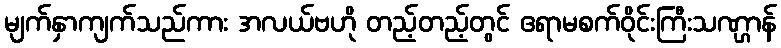
မျက်နှာကျက်သည်ကား အလယ်ဗဟို တည့်တည့်တွင် ဧရာမစက်ဝိုင်းကြီးသဏ္ဌာန်